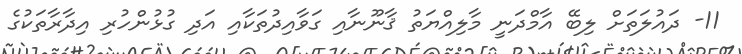
11- ދައުލަތަށް ލިބޭ އާމްދަނީ މާލިއްޔަތު ޤާނޫނާއި ގަވާއިދުތަކާއި އަދި ގުޅުންހުރި އިދާރާތަކުގެ